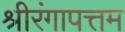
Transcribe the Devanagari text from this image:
श्रीरंगापत्तम